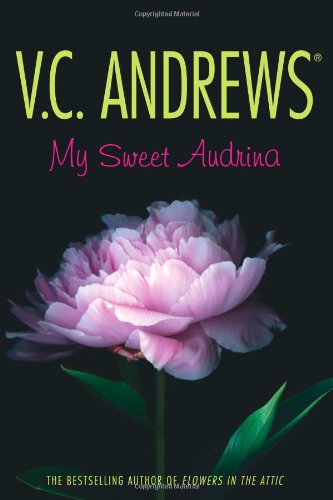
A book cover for My Sweet Audrina; V.C. Andrews; Literature & Fiction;